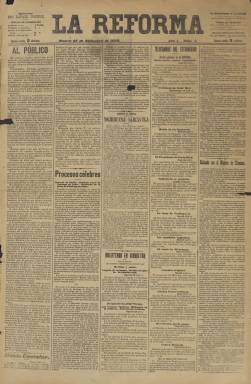
Título: La Reforma (Madrid. 1898)
Colección: Periódicos
Ámbito geográfico: Madrid
Lugar de publicación: Madrid
Fechas: 25/12/1898-09/06/1899

Diario de corta vida –no llega a los seis meses-, fundado y editado por el militar, periodista y escritor Diego Fernández Arias (1855-1928), que llegó a tirar 164 números, desde el 25 de diciembre de 1898 hasta el nueve de junio de 1899, en un formato típico de la época, con entregas de cuatro páginas, compuestas a cinco columnas, de carácter noticioso y político y en las que incluyó chistes y humor gráfico y otros retratos y caricaturas de personajes de la época. Fernández Arias, combatiente militar en su juventud contra las tropas carlistas y en la primera insurrección cubana, abandonará la dirección de La Correspondencia militar (1877-1932), de la que era también propietario, para embarcarse en este proyecto periodístico en el ambiente de derrota por la pérdida de Cuba tras la guerra hispano-americana, que coincide, desde marzo de 1897, con la presidencia gubernamental del liberal Práxedes Mateo Sagasta (1825-1903), mostrándose el diario antisagastino.

Lo estuvo dirigiendo, hasta su número 68, correspondiente al dos de marzo de 1899, el también abogado, periodista y político liberal Rafael Comenge y Dalmau (1856-1934), es decir hasta las elecciones, que dieron, a partir de ese mes, la presidencia del Consejo de Ministros al conservador Francisco Silvela (1843-1905), mostrándose el diario desde entonces decididamente progubernamental o ministerial.

El periodismo de Fernández Arias estaba encuadrado en un radicalismo militar burgués, fluctuante en cuanto a sus preferencias partidistas, pero de tendencia conservadora y abiertamente corporativista (Vanaclocha: 1981), que tenía entre sus referentes al general conservador Eduardo Cassola, integrante de los tetuanistas o seguidores del duque de Tetuán, Carlos Manuel O’Donnell (1834-1903), que en las citadas elecciones también obtuvieron una minoría parlamentaria.

El periódico publica artículos y crónicas políticas y noticias extranjeras y nacionales con telegramas procedentes de las agencias Fabra y Mencheta. Tuvo secciones de política y actividad parlamentaria, de asuntos militares, dándole especial atención a la actualidad de Filipinas; financiera (con las cotizaciones bursátiles), de cartelera de espectáculos, religiosa (santoral y cultos), sucesos, bibliografía, o folletín en el faldón de la última página, y cuando esta queda ocupada completamente por anuncios comerciales, en la penúltima. También inserta información municipal y local, siendo Comenge especializado en estos asuntos.

Como firmas de sus textos abundan los seudónimos. En los de toros, el seudónimo Varetazos; en deportes, el de Sport; en política, Sangredo; en tribunales, Juan de la Toga o Licenciado Birrete; en la sección Cosas del día, el seudónimo Goliat; en el breve de estilo humorístico La Cocina de La Reforma, Marmitón; en notas de sociedad, Un Chroniqueur; bajo las noticias de Londres, Dikson, y bajo la sección Personillas y personajes son usadas como firma las iniciales F. de la E.

Contó con Santiago Romo-Jara como corresponsal en París. Enrique Ayuso firma una sección bajo el epígrafe Notas del día, y algunos de sus colaboradores, generalmente autores de artículos de creación literaria, son Eduardo Martín de la Cámara, Francisco de la Escalera, Juan Valero de Tornos, Inocencio Maraña o Carlota Léautier. José Cánovas Vallejo firma la crítica teatral.

Fernández Arias, que previamente había sido diputado en Cortes desde marzo de 1896 a febrero de 1898 y había tenido la intención de adquirir la correspondiente maquinaria alemana para llegar a tirar cuatro ediciones de La Reforma (dos para Madrid y otras dos para provincias), llegará a perder dinero con su diario, y cuando anuncie el cierre de este en su último número, indicará también su vuelta a la dirección de La Correspondencia militar. También volvió de nuevo a ser diputado conservador en 1901 y 1905.